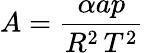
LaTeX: A={\frac{\alpha ap}{R^{2}\, T^{2}}}